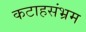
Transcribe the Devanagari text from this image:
कटाहसंभ्रम